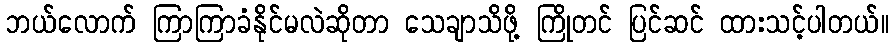
ဘယ်လောက် ကြာကြာခံနိုင်မလဲဆိုတာ သေချာသိဖို့ ကြိုတင် ပြင်ဆင် ထားသင့်ပါတယ်။